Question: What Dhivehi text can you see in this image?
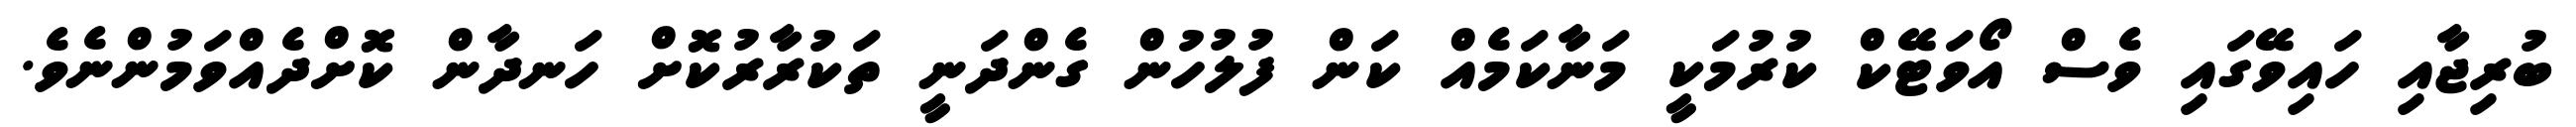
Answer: ބުރިޖާއި ހައިވޭގައި ވެސް އޯވަޓޭކް ކުރުމަކީ މަނާކަމެއް ކަން ފުލުހުން ގެންދަނީ ތަކުރާރުކޮށް ހަނދާން ކޮށްދެއްވަމުންނެވެ.